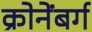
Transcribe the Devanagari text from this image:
क्रोनेंबर्ग